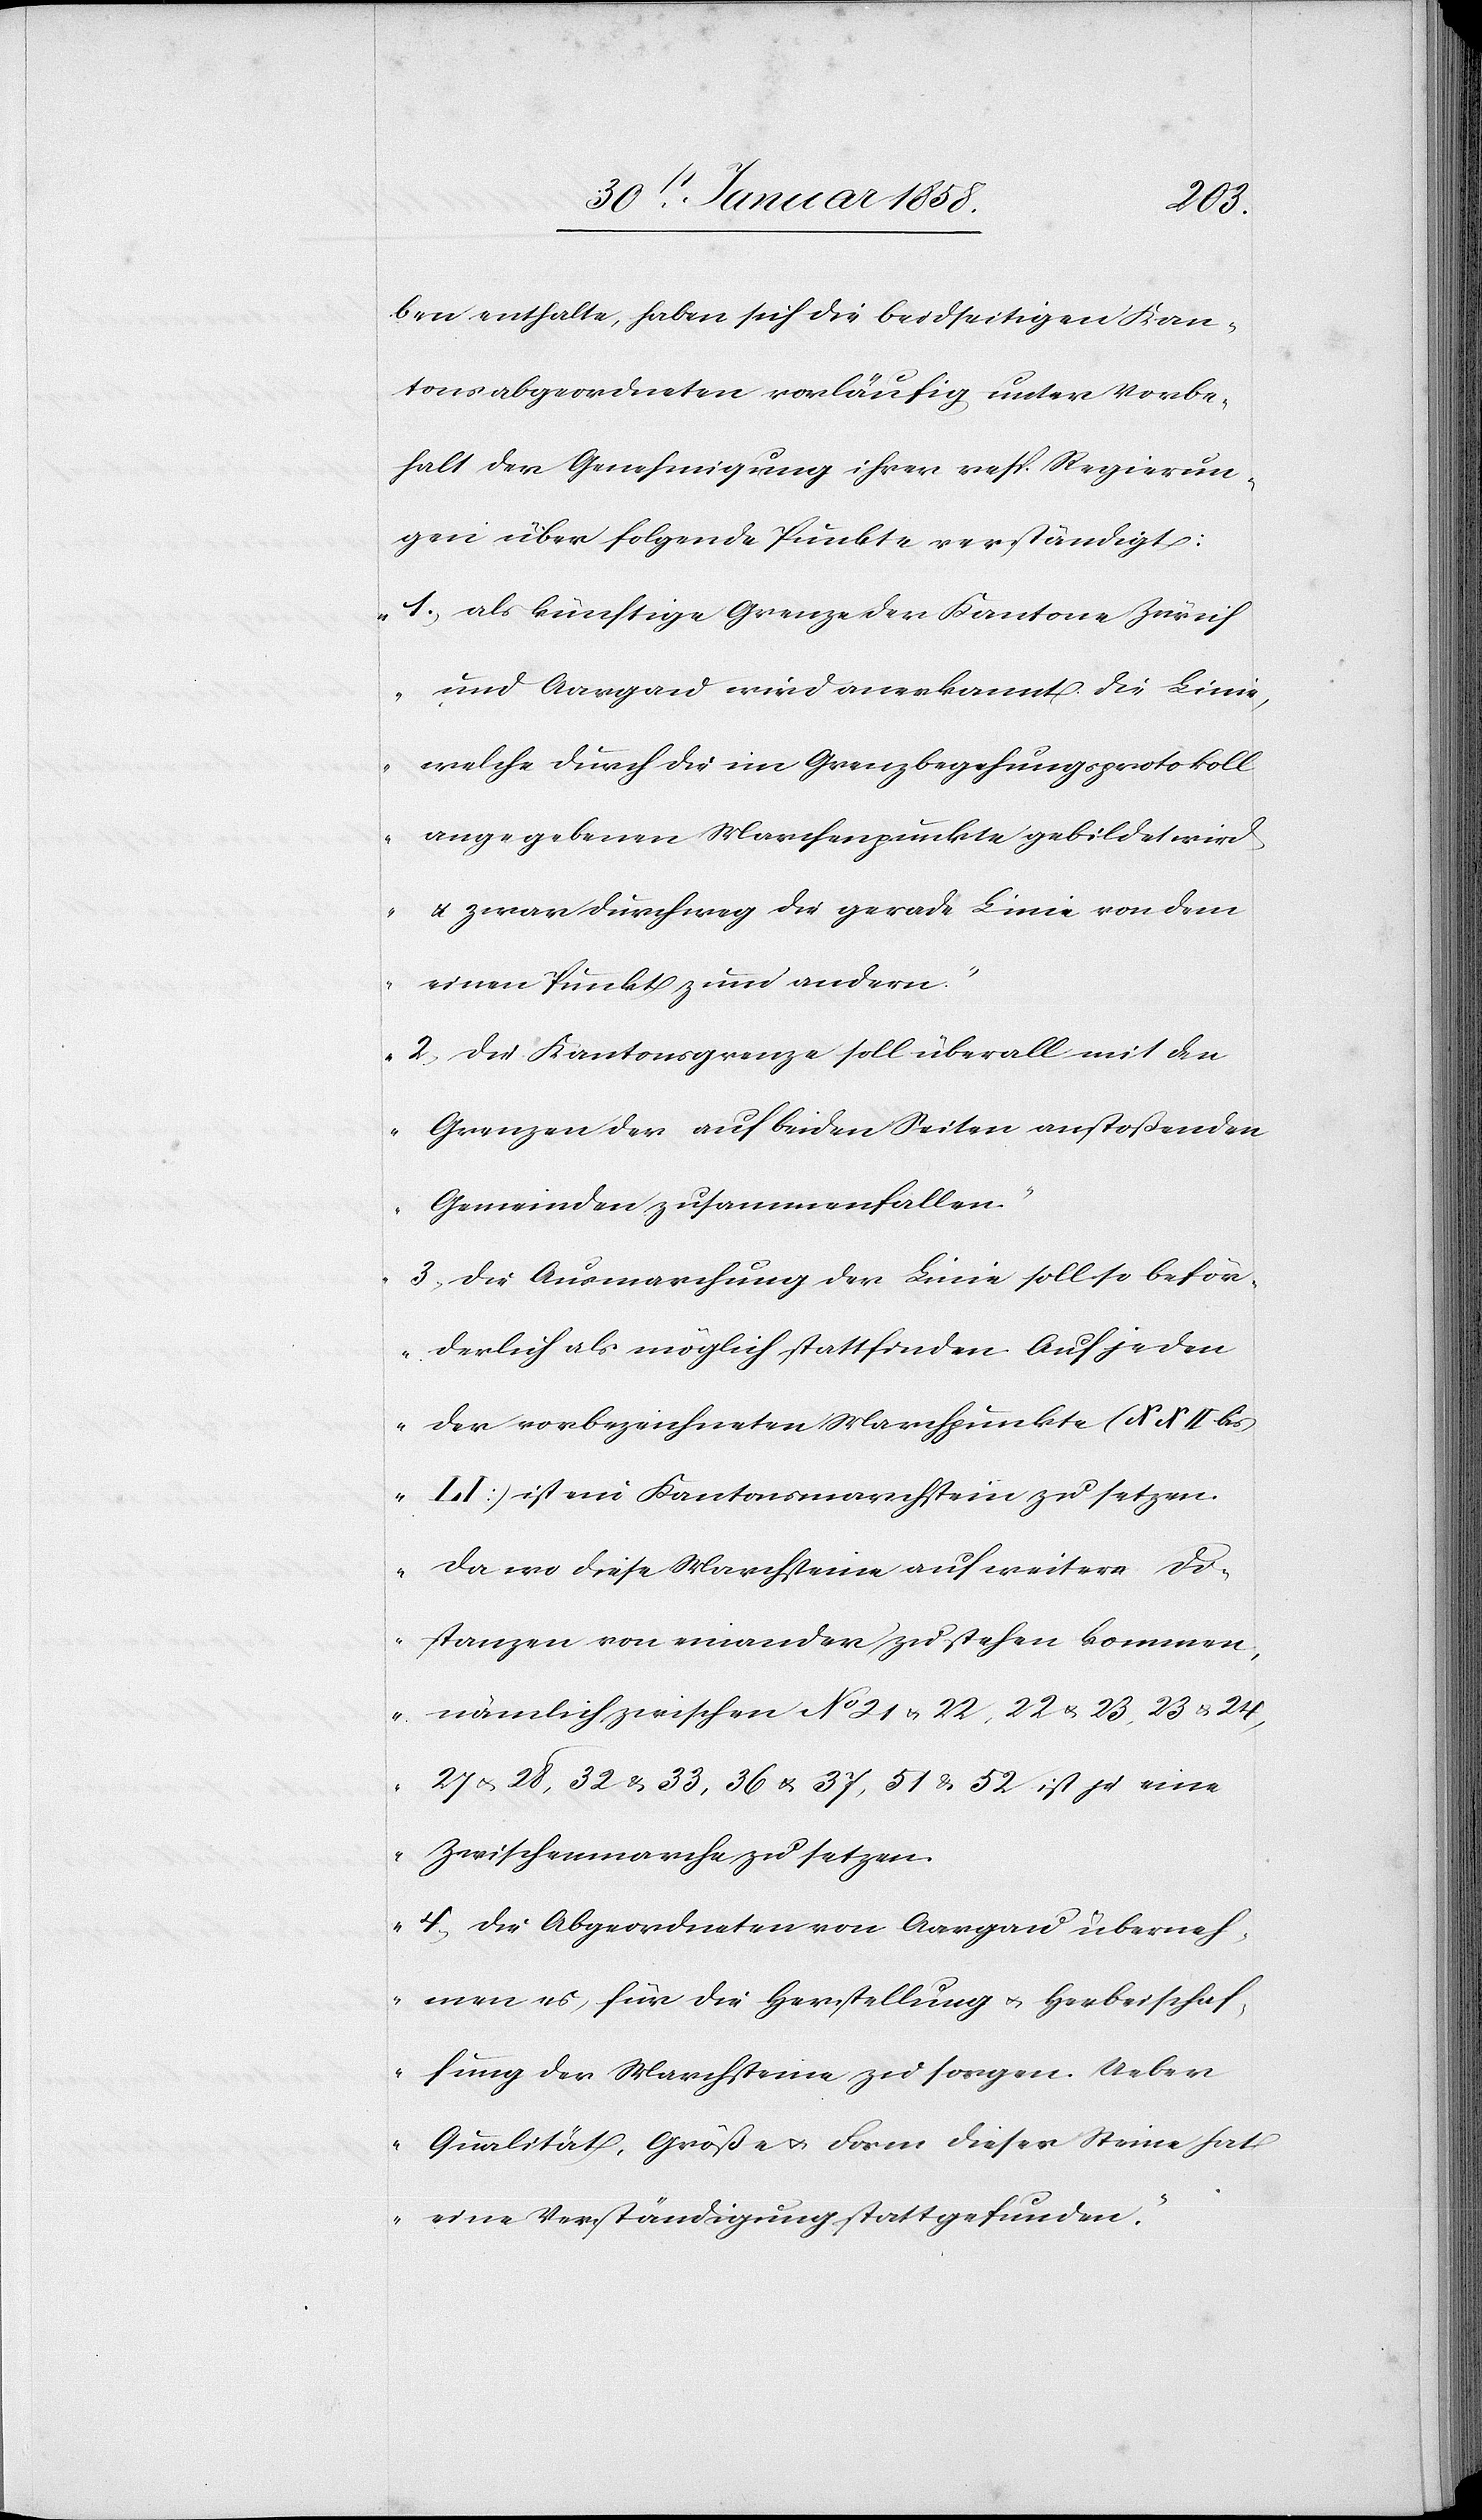
ben enthalte, haben sich die beidseitigen Kan¬
tonsabgeordneten vorläufig unter Vorbe¬
halt der Genehmigung ihrer resp. Regierun¬
gen über folgende Punkte verständigt:
„1. als künftige Grenze der Kantone Zürich
und Aargau wird anerkannt die Linie,
welche durch die im Grenzbegehungsprotokoll
angegebenen Marchenpunkte gebildet wird
u. zwar durchweg die gerade Linie von dem
einen Punkt zum andern.
2. Die Kantonsgrenze soll überall mit den
Grenzen der auf beiden Seiten anstoßenden
Gemeinden zusammenfallen.
3. Die Ausmarchung der Linie soll so beför¬
derlich als möglich stattfinden. Auf jeden
der vorbezeichneten Marchpunkte (XXII bis
LI) ist ein Kantonsmarchstein zu setzen.
Da wo diese Marchsteine auf weitere Di¬
stanzen von einander zu stehen kommen,
nämlich zwischen No 21 u. 22, 22 u. 23, 23 u. 24,
27 u. 28, 32 u. 33, 36 u. 37, 51 u. 52 ist je eine
Zwischenmarche zu setzen.
4. Die Abgeordneten von Aargau überneh¬
men es, für die Herstellung u. Herbeischaf¬
fung der Marchsteine zu sorgen. Ueber
Qualität, Größe u. Form dieser Steine hat
eine Verständigung stattgefunden.“